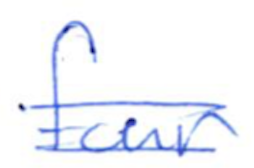
Text: four
Cross-out: double-line
Writing tool: ballpoint